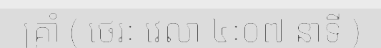
គ្រាំ ( ថេរៈ វេលា ៤ៈ០៧ នាទី )